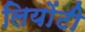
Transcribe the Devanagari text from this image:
लियोंटी